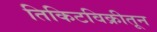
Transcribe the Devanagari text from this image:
तिकिटविक्रीतून